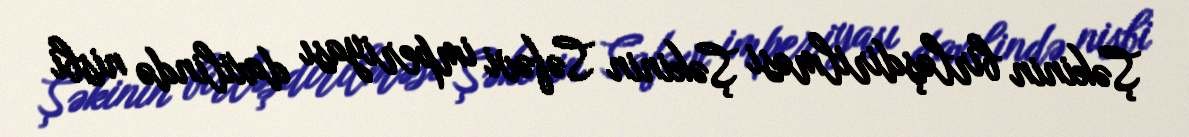
Şəkinin birləşdirilməsi Şəkinin Səfəvi imperiyası daxilində nisbi